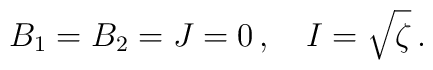
B_1=B_2=J=0\,,\quad I=\sqrt{\zeta}\,.